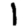
Digit: 1